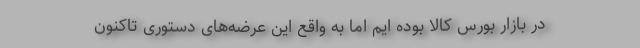
در بازار بورس کالا بوده ایم اما به واقع این عرضه‌های دستوری تاکنون